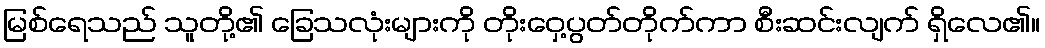
မြစ်ရေသည် သူတို့၏ ခြေသလုံးများကို တိုးဝှေ့ပွတ်တိုက်ကာ စီးဆင်းလျက် ရှိလေ၏။